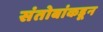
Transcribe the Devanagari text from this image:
संतोबांकडून